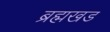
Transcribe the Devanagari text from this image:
ब्रह्मखड